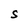
Character: S